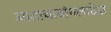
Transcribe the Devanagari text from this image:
आताचाबांगलादेश